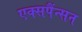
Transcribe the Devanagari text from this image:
एक्सपैंन्सन